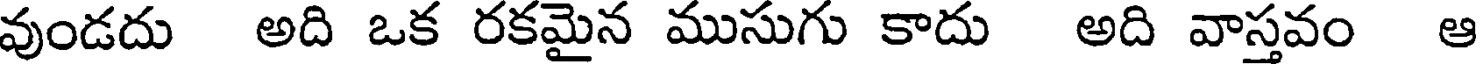
వుండదు అది ఒక రకమైన ముసుగు కాదు అది వాస్తవం ఆ